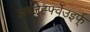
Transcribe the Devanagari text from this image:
अव्जेर्ह्फ्वेउइर्फ्